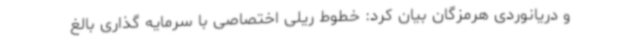
و دریانوردی هرمزگان بیان کرد: خطوط ریلی اختصاصی با سرمایه گذاری بالغ